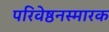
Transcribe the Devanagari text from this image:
परिवेष्ठनस्मारक